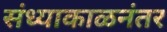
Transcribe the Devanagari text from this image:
संध्याकाळनंतर